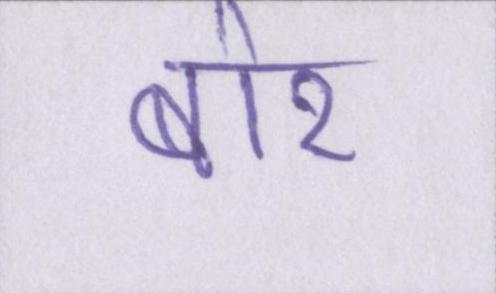
बोर